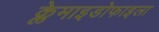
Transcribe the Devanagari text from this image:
क्लेमाइडोफाइला